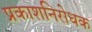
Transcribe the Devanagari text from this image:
प्रकाशनिरोधक